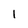
Character: l